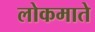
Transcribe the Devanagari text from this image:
लोकमाते